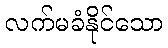
လက်မခံနိုင်သော